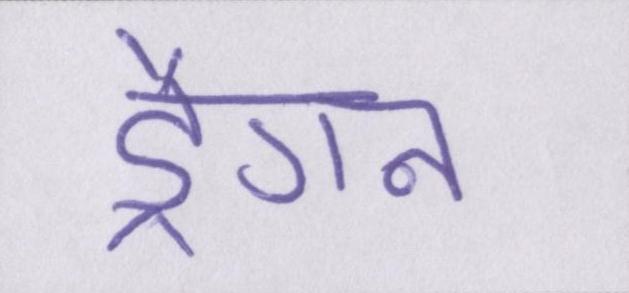
ड्रैगन